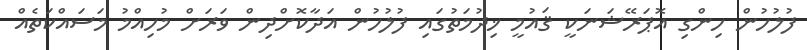
ފުލުހުން ހިންގި އޮޕަރޭޝަނަކީ ޤައުމީ ޚިދުމަތުގައި ފުލުހުން އަދާކޮށްދިން ވަރަށް މުހިއްމު މަސައްކަތެއް